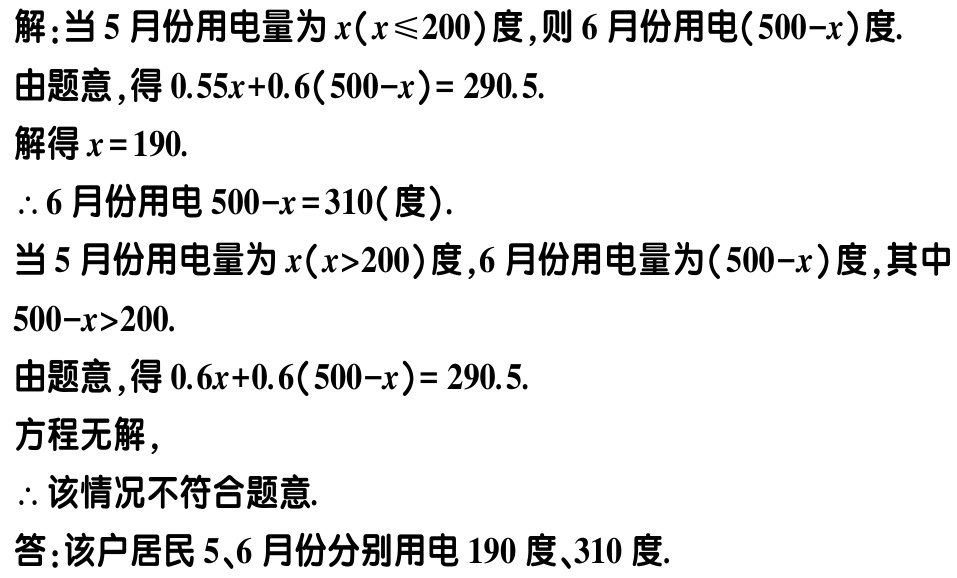
解：当5月份用电量为\(x(x\leqslant200)\)度，则6月份用电\((500 - x)\)度.

由题意，得\(0.55x + 0.6(500 - x)=290.5\).

解得\(x = 190\).

\(\therefore\)6月份用电\(500 - x = 310\)(度).

当5月份用电量为\(x(x>200)\)度，6月份用电量为\((500 - x)\)度，其中\(500 - x>200\).

由题意，得\(0.6x + 0.6(500 - x)=290.5\).

方程无解，

\(\therefore\)该情况不符合题意.

答：该户居民5、6月份分别用电190度、310度.